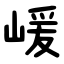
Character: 嵈